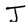
Character: J